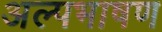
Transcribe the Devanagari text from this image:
अल्पभाषण